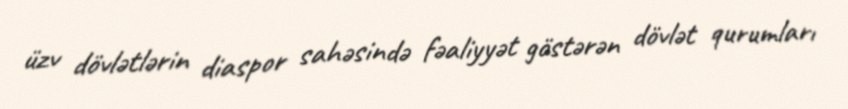
üzv dövlətlərin diaspor sahəsində fəaliyyət göstərən dövlət qurumları